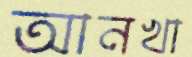
আনখা